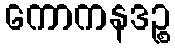
ကောကနဒဉ္စ